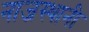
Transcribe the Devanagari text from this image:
नाजस्थानी